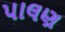
પાલણ